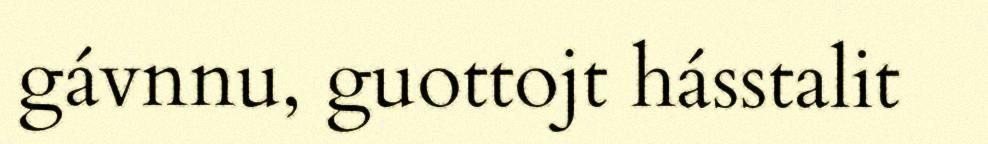
gávnnu, guottojt hásstalit